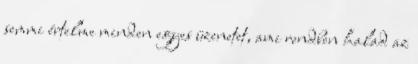
semmi értelme minden egyes üzenetet, ami rendben halad az